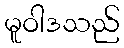
မူဝါဒသည်